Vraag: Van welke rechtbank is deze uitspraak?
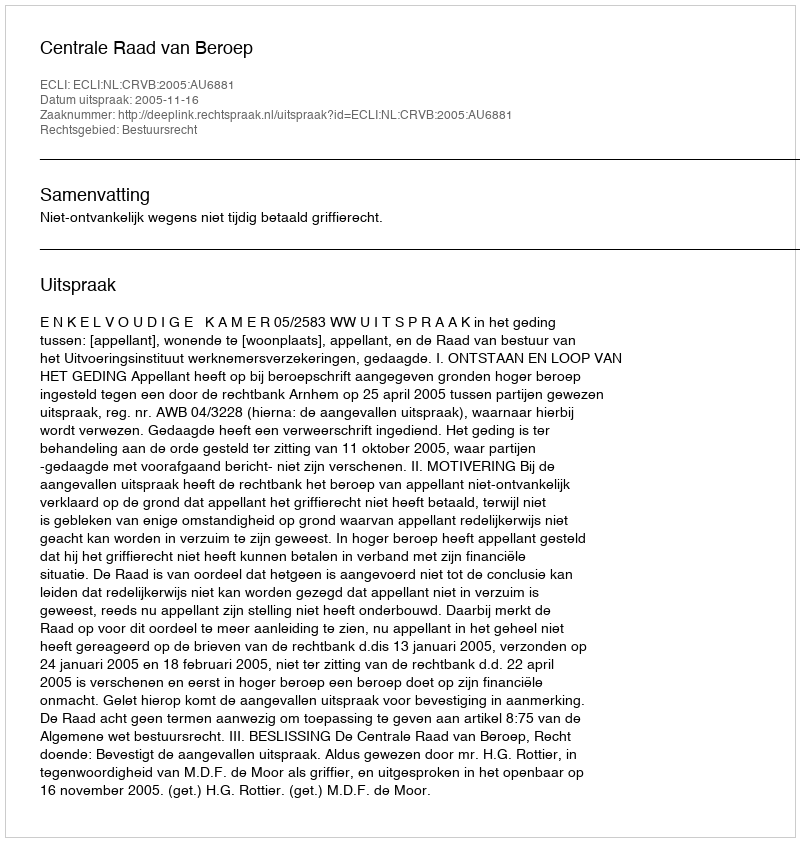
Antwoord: Centrale Raad van Beroep